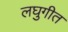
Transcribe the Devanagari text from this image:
लघुगीत